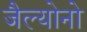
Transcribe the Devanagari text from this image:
जैल्योनो